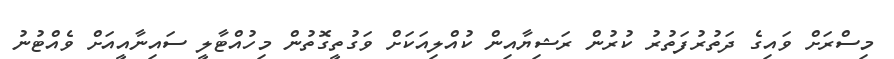
މިސްރަށް ވައިގެ ދަތުރުފަތުރު ކުރުން ރަޝިޔާއިން ކުއްލިއަކަށް ވަގުތީގޮތުން މިހުއްޓާލީ ސައިނާއީއަށް ވެއްޓުނު